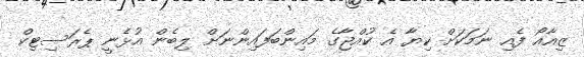
ޒިއާއޯ ފެއި ނަމަކަށް ކިޔާ އެ ކުއްޖާގެ މައިންބަފައިންނަށް ލިބެން އުޅެނީ ޕެރަސިޓިކް